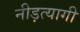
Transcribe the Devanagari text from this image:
नीड़त्यागी